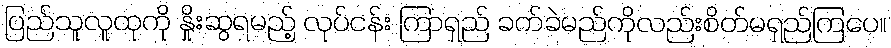
ပြည်သူလူထုကို နှိုးဆွရမည့် လုပ်ငန်း ကြာရှည် ခက်ခဲမည်ကိုလည်းစိတ်မရှည်ကြပေ။